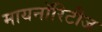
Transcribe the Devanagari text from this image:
मायनाॅरिटीज